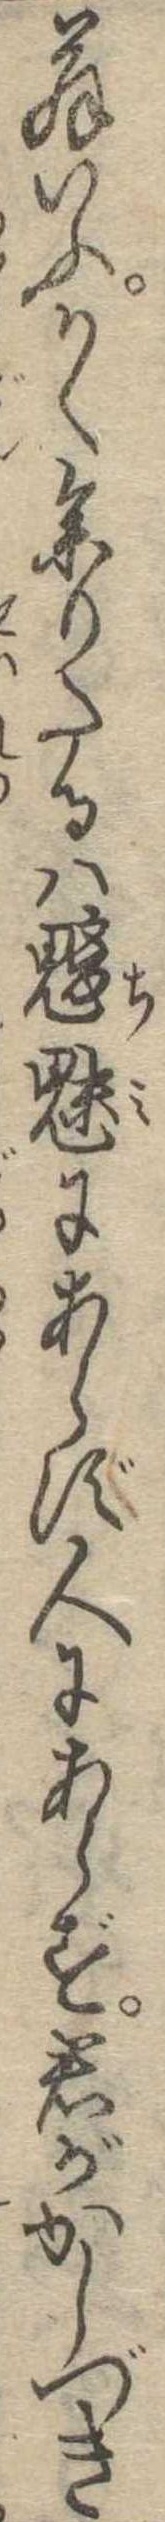
翁いふかく参りたるは魑魅にあらず人にあらず君がかしづき